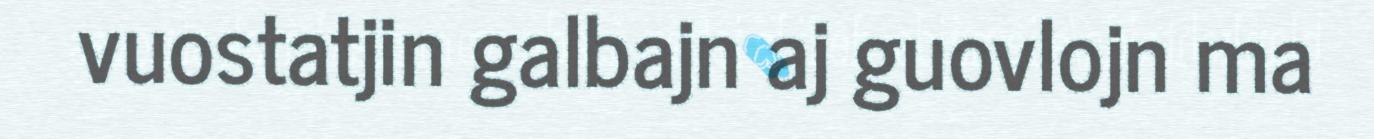
vuostatjin galbajn aj guovlojn ma